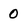
Character: 0